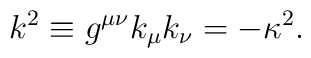
k^2\equiv g^{\mu\nu}k_{\mu}k_{\nu}=-\kappa^2.